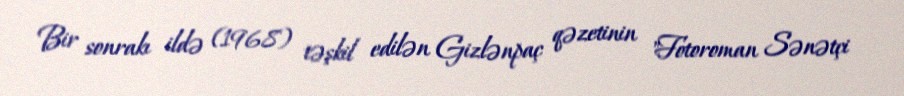
Bir sonrakı ildə (1968) təşkil edilən Gizlənpaç qəzetinin "Fotoroman Sənətçi